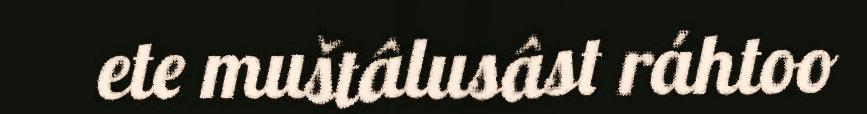
ete muštâlusâst ráhtoo